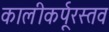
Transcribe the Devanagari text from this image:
कालीकर्पूरस्तव